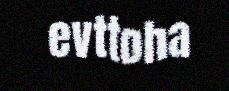
evttoha